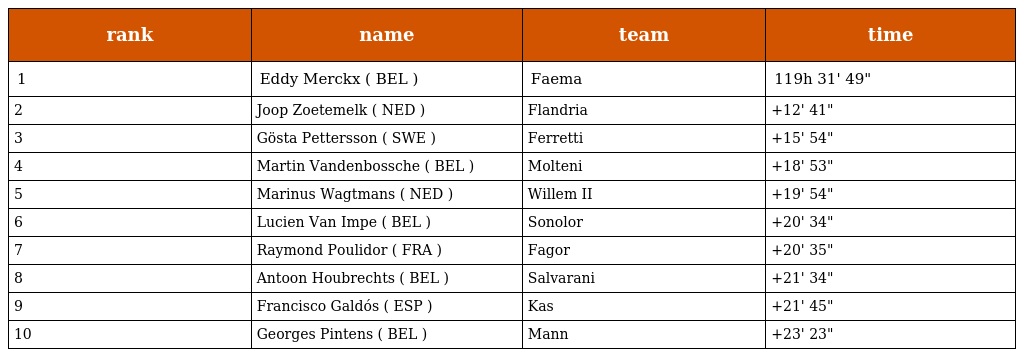
| rank | name | team | time |
 | --- | --- | --- | --- |
 | 1 | Eddy Merckx ( BEL ) | Faema | 119h 31' 49" |
 | 2 | Joop Zoetemelk ( NED ) | Flandria | +12' 41" |
 | 3 | Gösta Pettersson ( SWE ) | Ferretti | +15' 54" |
 | 4 | Martin Vandenbossche ( BEL ) | Molteni | +18' 53" |
 | 5 | Marinus Wagtmans ( NED ) | Willem II | +19' 54" |
 | 6 | Lucien Van Impe ( BEL ) | Sonolor | +20' 34" |
 | 7 | Raymond Poulidor ( FRA ) | Fagor | +20' 35" |
 | 8 | Antoon Houbrechts ( BEL ) | Salvarani | +21' 34" |
 | 9 | Francisco Galdós ( ESP ) | Kas | +21' 45" |
 | 10 | Georges Pintens ( BEL ) | Mann | +23' 23" |